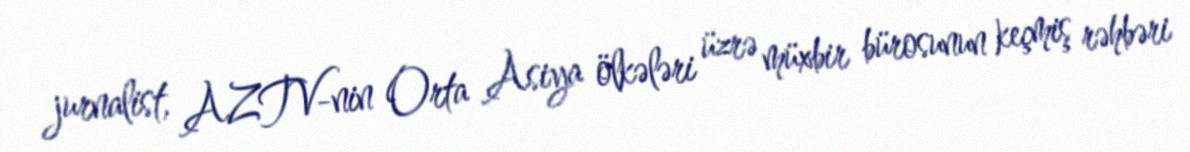
jurnalist, AZTV-nin Orta Asiya ölkələri üzrə müxbir bürosunun keçmiş rəhbəri